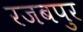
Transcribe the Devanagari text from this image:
रजबपुर